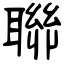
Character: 聯